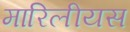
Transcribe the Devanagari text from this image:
मारिलीयस